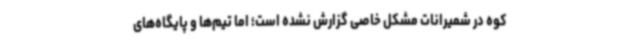
کوه در شمیرانات مشکل خاصی گزارش نشده است؛ اما تیم‌ها و پایگاه‌های